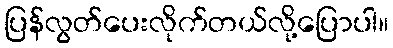
ပြန်လွတ်ပေးလိုက်တယ်လို့ပြောပါ။